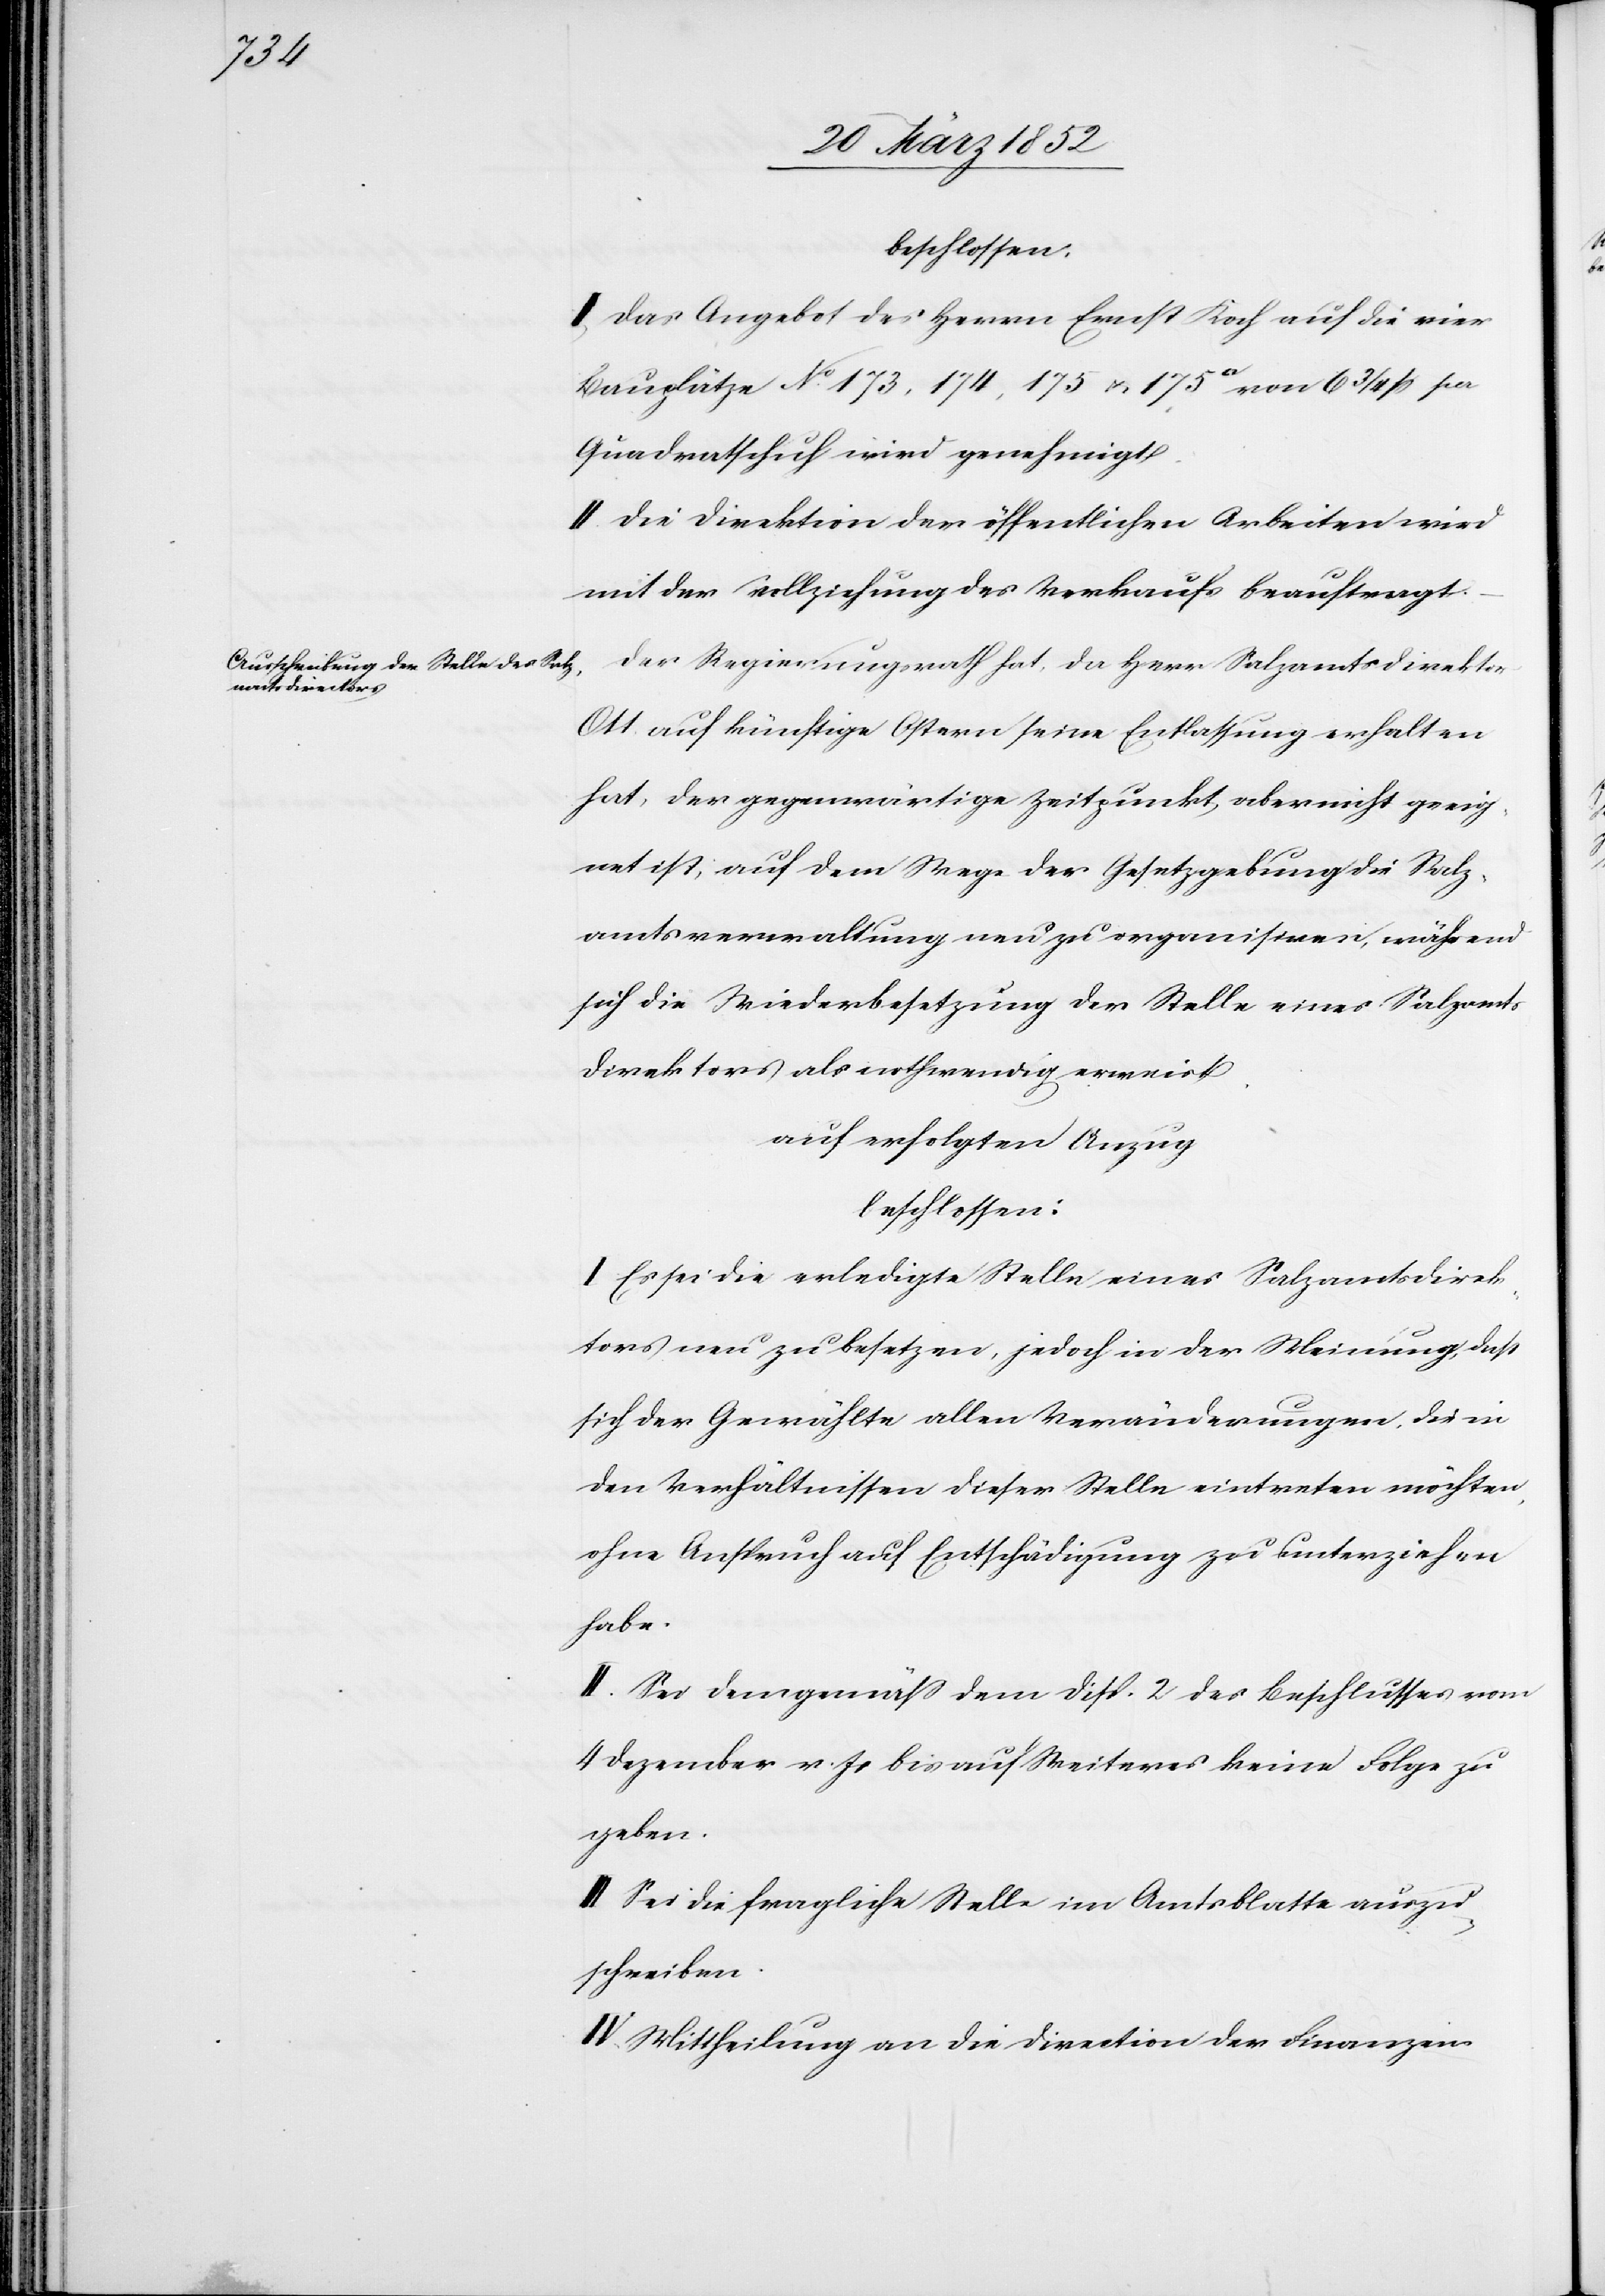
beschlossen.
I. Das Angebot des Herrn Ernst Koch auf die vier
Bauplätze No. 173, 174, 175 u. 175a von 6 3/4 f pr
Quadratschuh wird genehmigt.
II. Die Direktion der öffentlichen Arbeiten wird
mit der Vollziehung des Verkaufs beauftragt.
Der Regierungsrath hat, da Herr Salzamtsdirektor
Ott auf künftige Ostern seine Entlassung erhalten
hat, der gegenwärtige Zeitpunkt aber nicht geeig¬
net ist, auf dem Wege der Gesetzgebung die Salz¬
amtsverwaltung neu zu organisieren, während
sich die Wiederbesetzung der Stelle eines Salzamts¬
direktors als nothwendig erweist.
auf erfolgten Anzug
beschlossen:
I. Es sei die erledigte Stelle eines Salzamtsdirek¬
tors neu zu besetzen, jedoch in der Meinung, daß
sich der Gewählte allen Veränderungen, die in
den Verhältnissen dieser Stelle eintreten möchten,
ohne Anspruch auf Entschädigung zu unterziehen
habe.
II. Sei demgemäß dem Disp. 2 des Beschlusses vom
4 Dezember v. Js bis auf Weiteres keine Folge zu
geben.
III. Sei die fragliche Stelle im Amtsblatte auszu¬
schreiben.
IV. Mittheilung an die Direction der Finanzen.